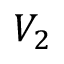
V _ { 2 }